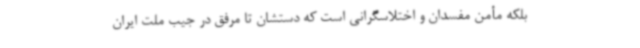
بلکه مأمن مفسدان و اختلاسگرانی است که دستشان تا مرفق در جیب ملت ایران